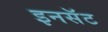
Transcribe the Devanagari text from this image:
इनसॅट